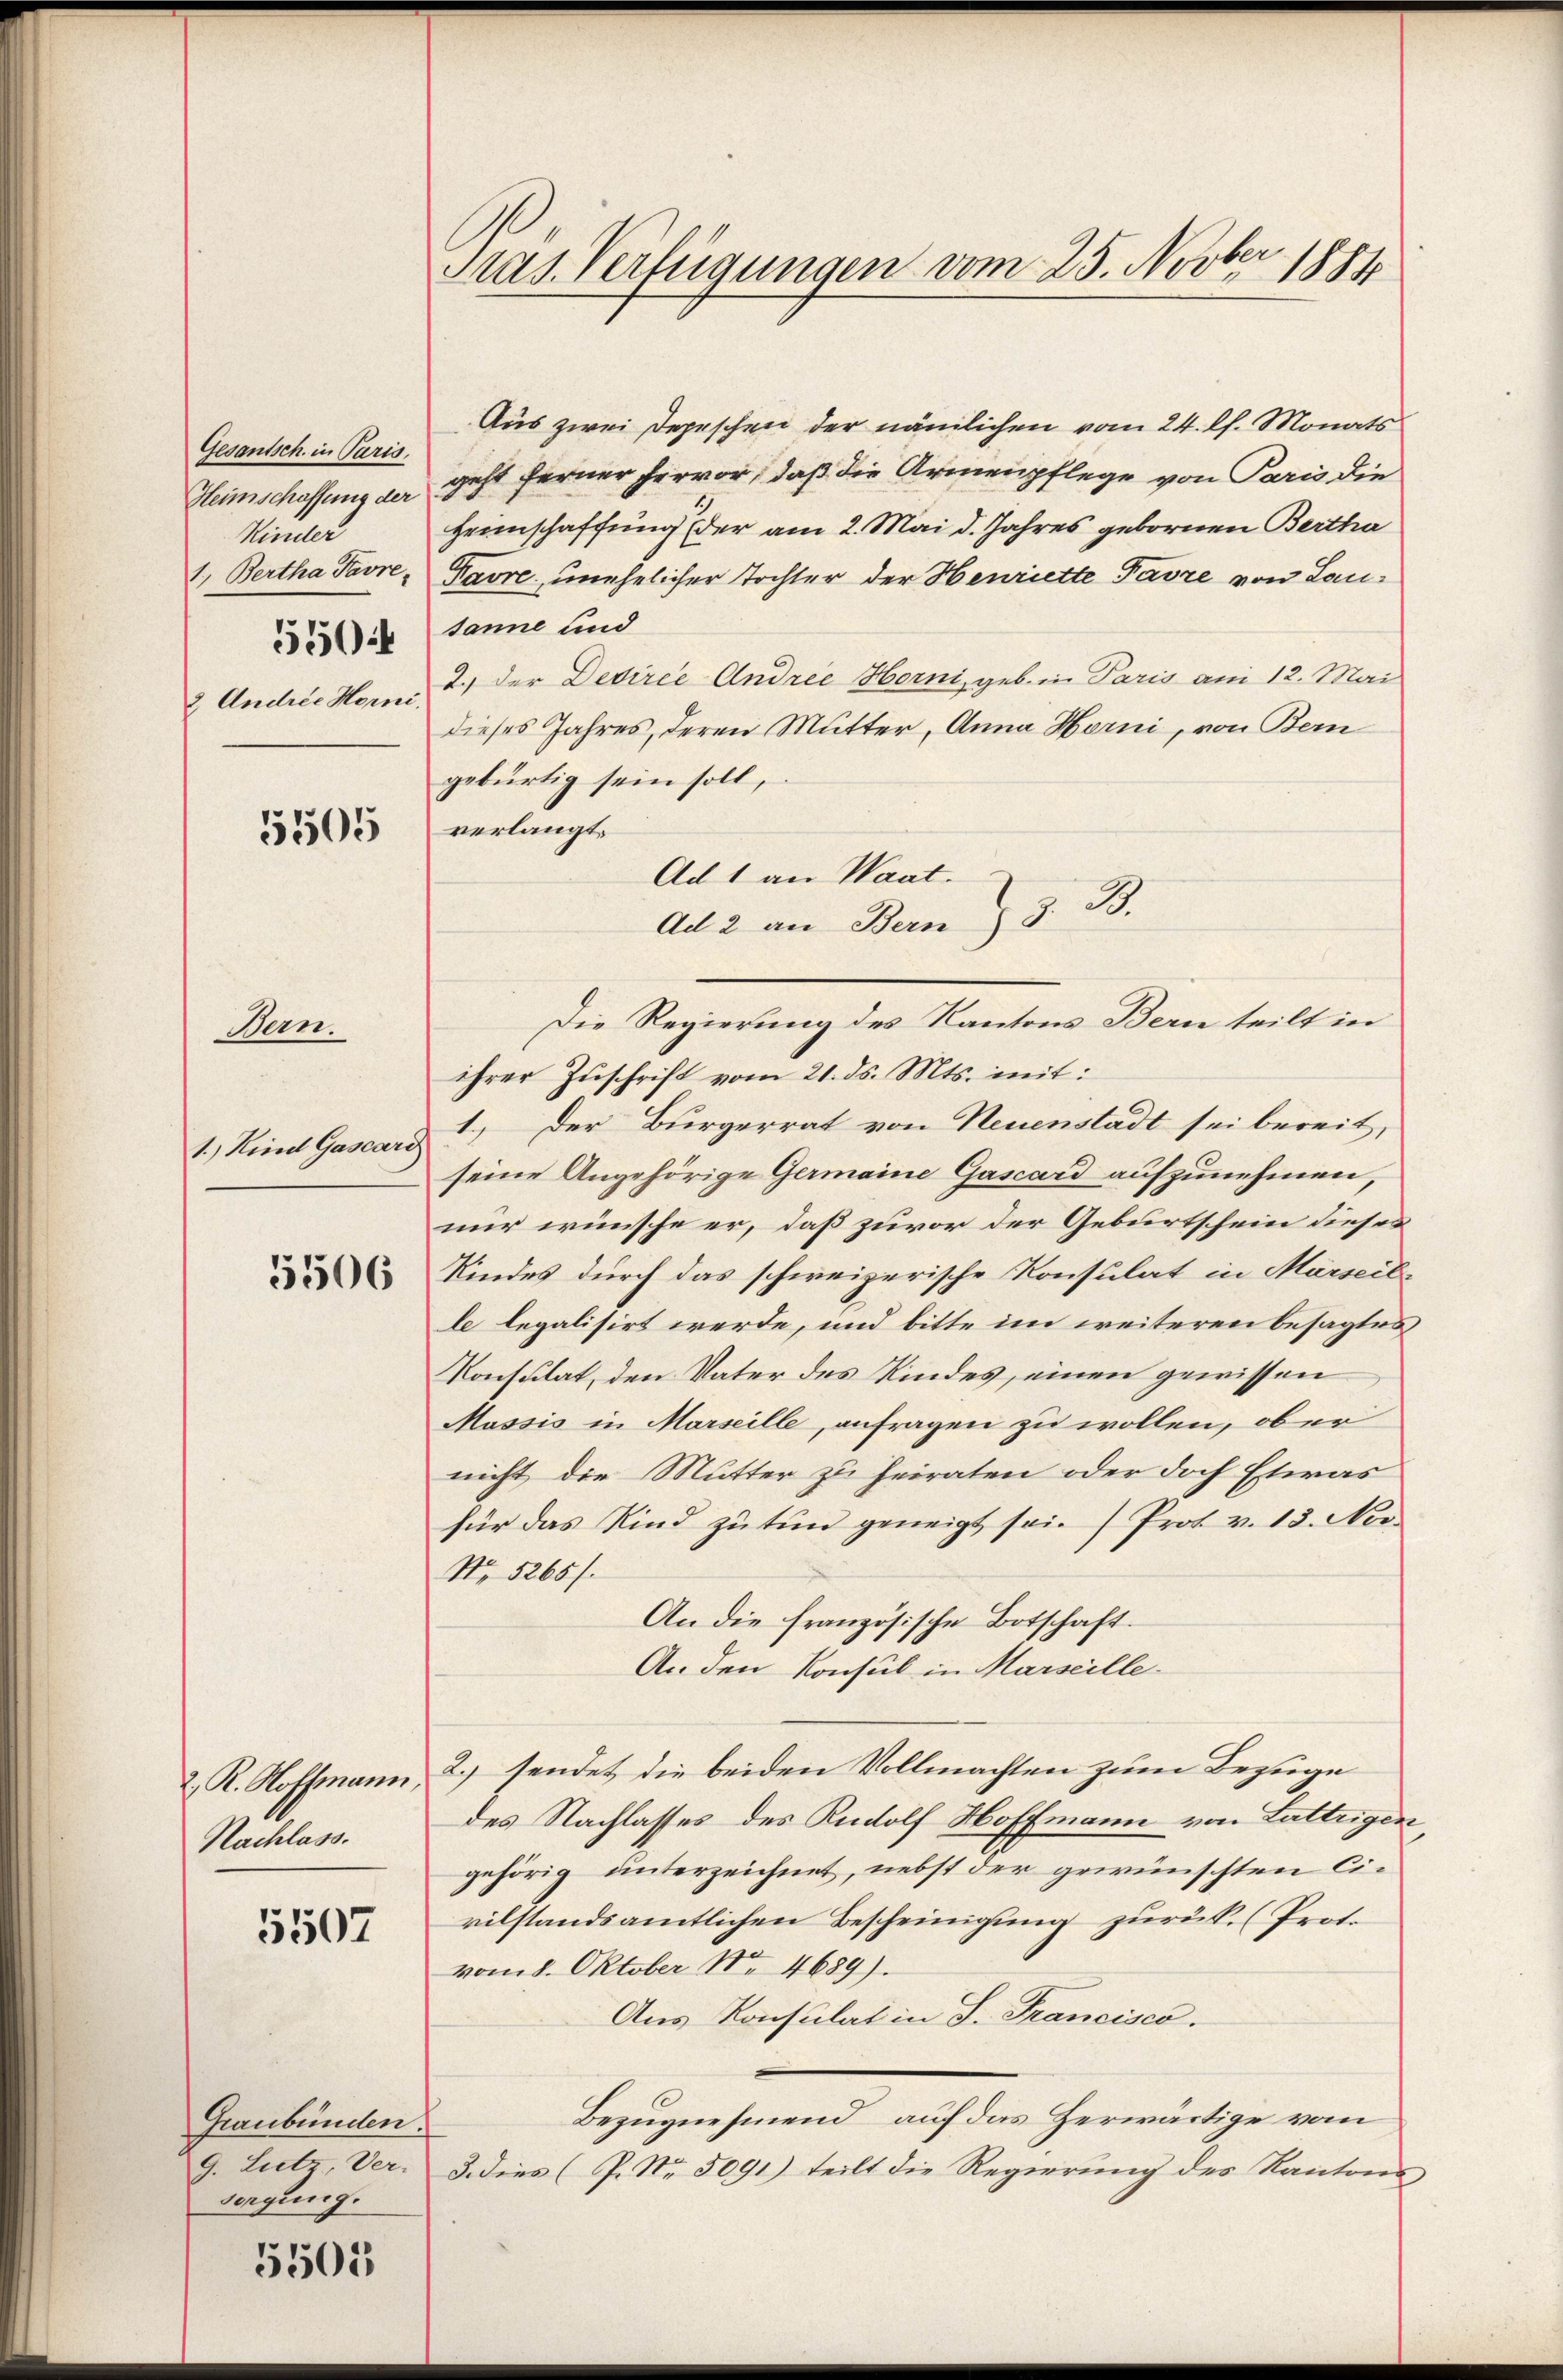
Gesantsch. in Paris.
Kinder
550:
2 Andree Horni.

5505

Hern.
1.) Kind Gascard

5506

2. R. Hoffmann,
Nachlass.

5507

Graubünden.
sorgung.

5505

Pras. Verfügungen vom 25. Novber 1881

Aus zwei Depeschen der nämlichen vom 24. lh. Monats
Heimschaffung der geht ferner hervor, daß die Armenpflege von Paris die
Heimschaffung der am 2. Mai d. Jahres gebornen Bertha
1. Bertha Pavre Pavre, unehelicher Tochter der Henriette Favre von Lausanne und
2.) Der Devirée Andree Horni, geb. in Paris am 12. Mai
dieses Jahres, deren Mutter, Anna Horni, von Bern
gebürtig sein soll,
verlangt.
Ad 1 an Waat.
ihrer Zuschrift vom 21. ds. Mts. mit:
1.) Der Bürgerrat von Neuenstadt sei bereit,
seine Angehörige Germaine Gascard aufzunehmen,
nur wünsche er, daß zuvor der Geburtschein dieses
Kindes durch das schweizerische Konsulat in Marseil-
le legalisirt werde, und bitte im weiteren besagtes
Konsulat, den Vater des Kindes, einen gewissen
Massis in Marseille, anfragen zu wollen, ob er
nicht die Mutter zu heiraten oder doch Etwas
für das Kind zŭ tun geneigt sei. Prof. v. 13. Nov.
No. 5265/
An die französische Botschaft.
An den Konsul in Marseille-
2.) sendet die beiden Vollmachten zum Bezuge
des Nachlasses des Rudolf Hoffmann von Lattrigen,
gehörig unterzeichnet, nebst der gewünschten Civilstandsamtlichen Bescheinigung zurück. (Prof.
vom 8. Oktober Nr 4689).
Aus Konsulat in S. Francisco.
Bezugnehmend, auf das Herwärtige vom
9. Lietz, Ver. 3. dies (P. Nr. 5091) teilt die Regierung des Kantons

Die Regierung des Kantons Bern teilt in

Ad 2 an Bern  3. B.